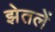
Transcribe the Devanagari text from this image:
झेतलें